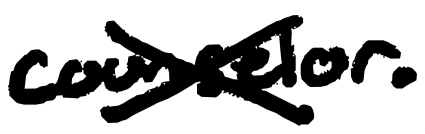
Text: counselor.
Cross-out: cross
Writing tool: digital_black